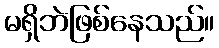
မရှိဘဲဖြစ်နေသည်။